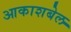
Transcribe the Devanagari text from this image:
आकाशबेल